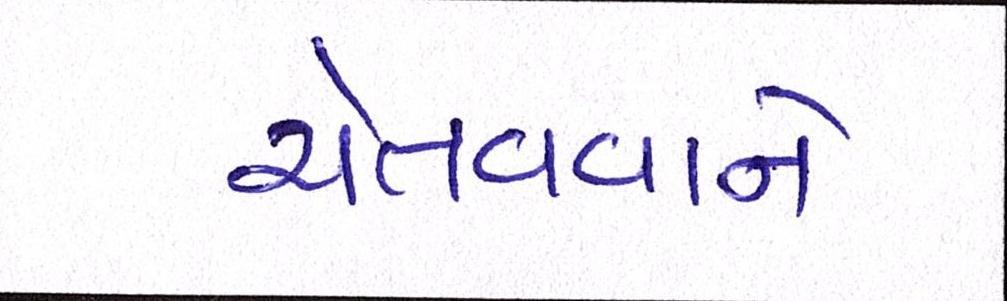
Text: ચેતવવાને